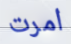
امرت